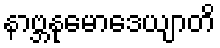
နာဗ္ဘနုမောဒေယျာတိ